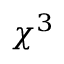
\chi ^ { 3 }